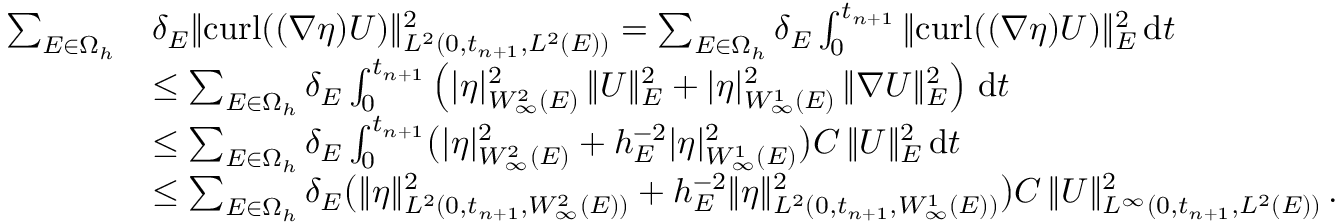
\begin{array} { r l } { \sum _ { E \in \Omega _ { h } } } & { \delta _ { E } \| { \mathrm { c u r l } } ( ( \boldsymbol { \nabla } \boldsymbol { \eta } ) \boldsymbol { U } ) \| _ { L ^ { 2 } ( 0 , t _ { n + 1 } , L ^ { 2 } ( E ) ) } ^ { 2 } = \sum _ { E \in \Omega _ { h } } \delta _ { E } \int _ { 0 } ^ { t _ { n + 1 } } \| { \mathrm { c u r l } } ( ( \boldsymbol { \nabla } \boldsymbol { \eta } ) \boldsymbol { U } ) \| _ { E } ^ { 2 } \, \mathrm { d } t } \\ & { \leq \sum _ { E \in \Omega _ { h } } \delta _ { E } \int _ { 0 } ^ { t _ { n + 1 } } \left( | \boldsymbol { \eta } | _ { W _ { \infty } ^ { 2 } ( E ) } ^ { 2 } \, \| \boldsymbol { U } \| _ { E } ^ { 2 } + | \boldsymbol { \eta } | _ { W _ { \infty } ^ { 1 } ( E ) } ^ { 2 } \, \| \boldsymbol { \nabla } \boldsymbol { U } \| _ { E } ^ { 2 } \right) \, \mathrm { d } t } \\ & { \leq \sum _ { E \in \Omega _ { h } } \delta _ { E } \int _ { 0 } ^ { t _ { n + 1 } } \bigl ( | \boldsymbol { \eta } | _ { W _ { \infty } ^ { 2 } ( E ) } ^ { 2 } + h _ { E } ^ { - 2 } | \boldsymbol { \eta } | _ { W _ { \infty } ^ { 1 } ( E ) } ^ { 2 } \bigr ) C \, \| \boldsymbol { U } \| _ { E } ^ { 2 } \, \mathrm { d } t } \\ & { \leq \sum _ { E \in \Omega _ { h } } \delta _ { E } \bigl ( \| \boldsymbol { \eta } \| _ { L ^ { 2 } ( 0 , t _ { n + 1 } , W _ { \infty } ^ { 2 } ( E ) ) } ^ { 2 } + h _ { E } ^ { - 2 } \| \boldsymbol { \eta } \| _ { L ^ { 2 } ( 0 , t _ { n + 1 } , W _ { \infty } ^ { 1 } ( E ) ) } ^ { 2 } \bigr ) C \, \| \boldsymbol { U } \| _ { L ^ { \infty } ( 0 , t _ { n + 1 } , L ^ { 2 } ( E ) ) } ^ { 2 } \, . } \end{array}